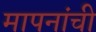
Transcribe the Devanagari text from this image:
मापनांची